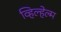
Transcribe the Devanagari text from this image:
व्हिल्हेल्म